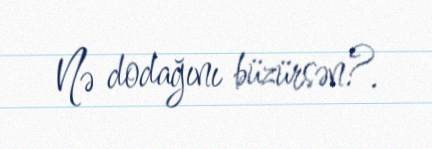
Nə dodağını büzürsən?.